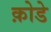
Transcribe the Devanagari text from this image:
क़ोडे